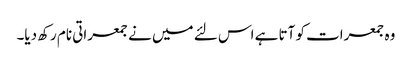
وہ جمعرات کو آتا ہے اس لئے میں نے جمعراتی نام رکھ دیا۔